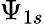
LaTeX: \Psi_{1s}